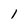
Character: l